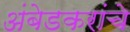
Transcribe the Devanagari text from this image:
अंबेडकरांचे